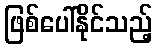
ဖြစ်ပေါ်နိုင်သည့်